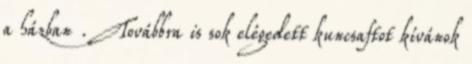
a házban . Továbbra is sok elégedett kuncsaftot kívánok